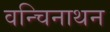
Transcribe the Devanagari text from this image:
वन्चिनाथन